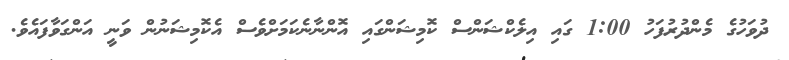
ދުވަހުގެ މެންދުރުފަހު 1:00 ގައި އިލެކްޝަންސް ކޮމިޝަންގައި އޮންނާނެކަމަށްވެސް އެކޮމިޝަނުން ވަނީ އަންގަވާފައެވެ.